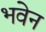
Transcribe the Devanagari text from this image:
भवेन